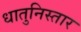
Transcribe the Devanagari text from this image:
धातुनिस्तार